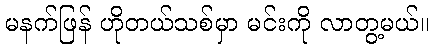
မနက်ဖြန် ဟိုတယ်သစ်မှာ မင်းကို လာတွ့မယ်။